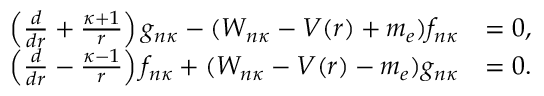
\begin{array} { r } { \begin{array} { r l } { \left( \frac { d } { d r } + \frac { \kappa + 1 } { r } \right) g _ { n \kappa } - ( W _ { n \kappa } - V ( r ) + m _ { e } ) f _ { n \kappa } } & { = 0 , } \\ { \left( \frac { d } { d r } - \frac { \kappa - 1 } { r } \right) f _ { n \kappa } + ( W _ { n \kappa } - V ( r ) - m _ { e } ) g _ { n \kappa } } & { = 0 . } \end{array} } \end{array}